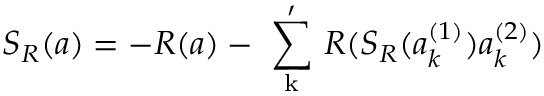
S _ { R } ( a ) = - R ( a ) - \mathrm { ~ \sum _ { k } ^ { \prime } ~ } R ( S _ { R } ( a _ { k } ^ { ( 1 ) } ) a _ { k } ^ { ( 2 ) } )